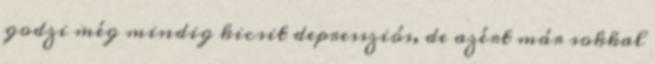
godzi még mindig kicsit depressziós, de azért már sokkal